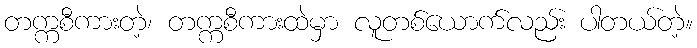
တက္ကစီကားတဲ့၊ တက္ကစီကားထဲမှာ လူတစ်ယောက်လည်း ပါတယ်တဲ့။